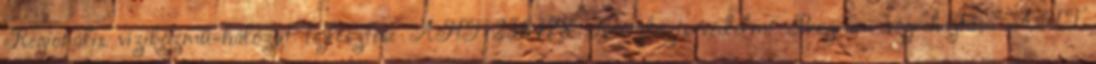
Regionális víziközmű-hálózat fejlesztése ÁHT 256478 Ivóvízbázis-védelmi Program végrehajtása ÁHT